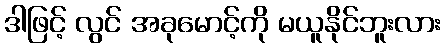
ဒါဖြင့် လွင် အခုမောင့်ကို မယူနိုင်ဘူးလား